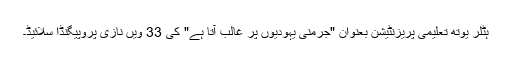
ہٹلر یوتھ تعلیمی پریزنٹیشن بعنوان "جرمنی یہودیوں پر غالب آتا ہے" کی 33 ویں نازی پروپیگنڈا سلائیڈ۔